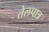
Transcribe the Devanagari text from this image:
तेलपात्र